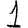
Digit: 1